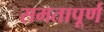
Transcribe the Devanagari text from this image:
समतापूर्ण